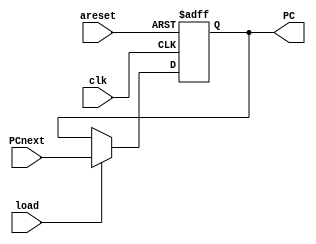
module PC(
input [31:0] PCnext,
input clk,areset,load,
output reg [31:0] PC
);

always @(posedge(clk), negedge(areset))
begin

if(~areset)
PC <= 0;

else if(load)
PC <= PCnext;

end

endmodule